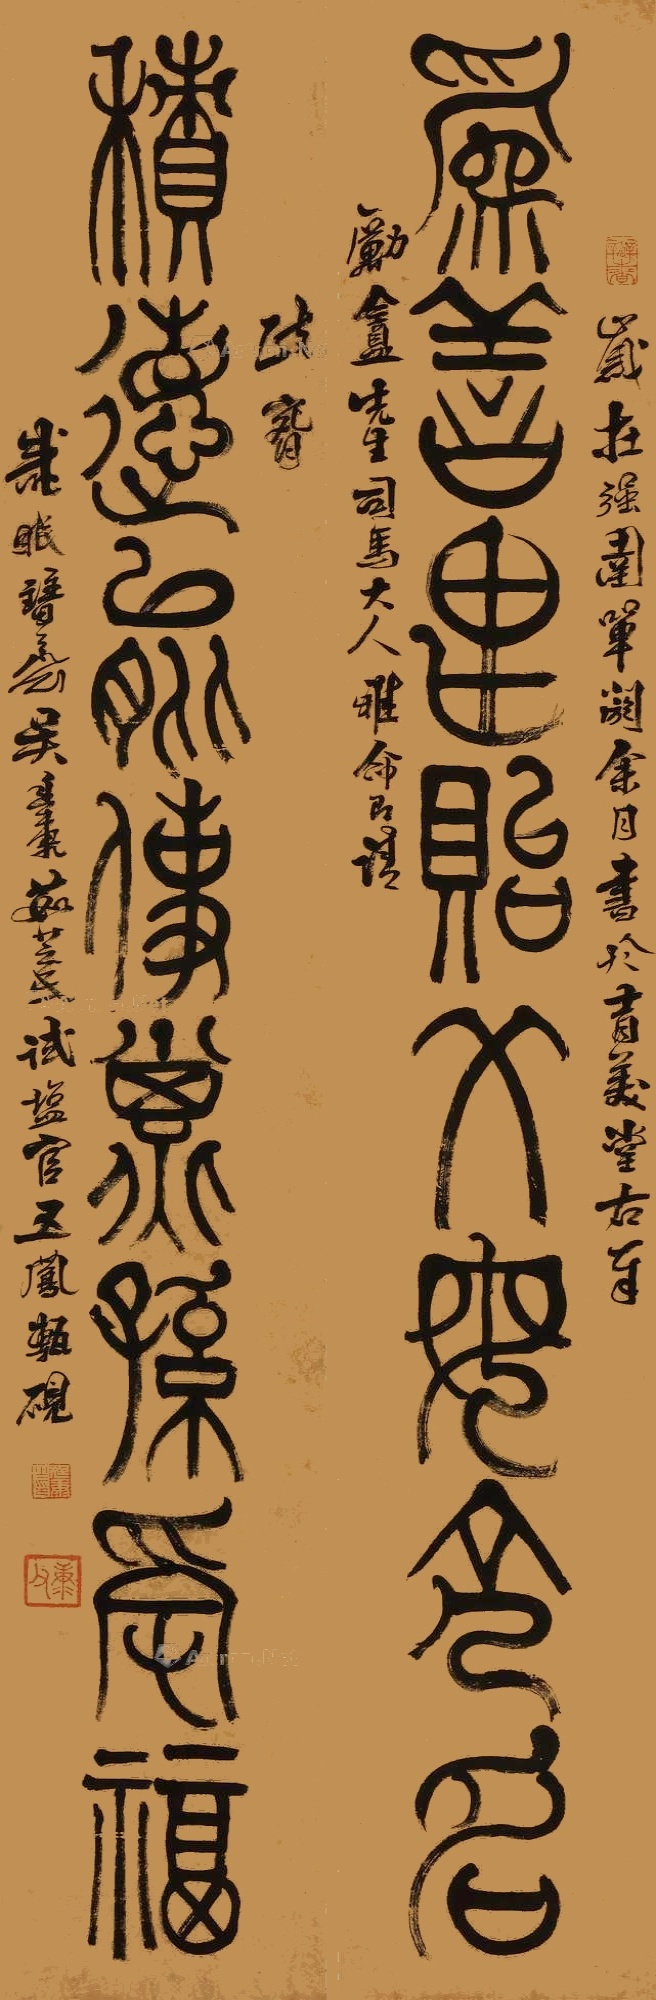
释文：为善思贻父母令名，积德能传子孙受福。岁在强圉单阙余月书于有美堂，奉励盦先生司马大人雅命即请政腕，龙眠晋斋吴廷康茹芝氏试盐官五凤砖砚。